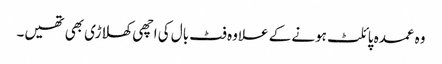
وہ عمدہ پائلٹ ہونے کے علاوہ فٹ بال کی اچھی کھلاڑی بھی تھیں۔